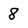
Character: 8